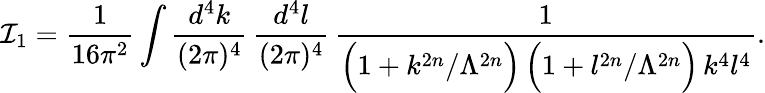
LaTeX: \mathcal{I}_{1}=\frac{{1}}{{16\pi^{2}}}\int\frac{{d^{4}k}}{{(2\pi)^{4}}}\, \frac{{d^{4}l}}{{(2\pi)^{4}}}\, \frac{{1}}{{\Big(1+k^{2n}/\Lambda^{2n}\Big)\, \Big(1+l^{2n}/\Lambda^{2n}\Big)\, k^{4}l^{4}}}.